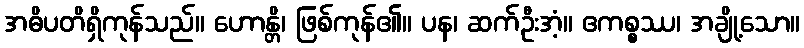
အဓိပတိရှိကုန်သည်။ ဟောန္တိ၊ ဖြစ်ကုန်၏။ ပန၊ ဆက်ဦးအံ့။ ဧကစ္စဿ၊ အချို့သော။